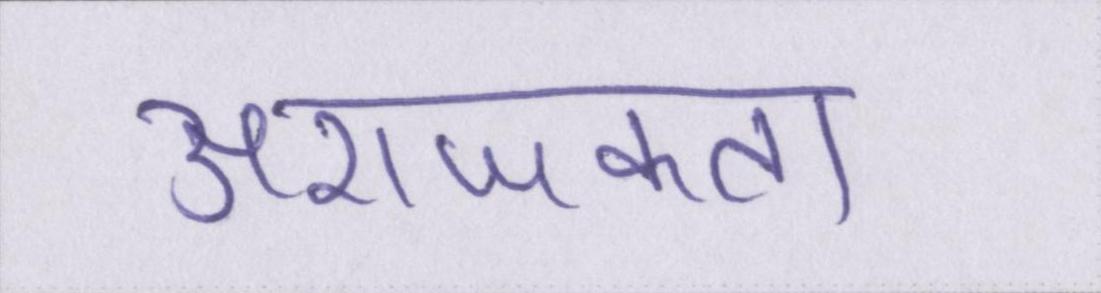
अराजकता